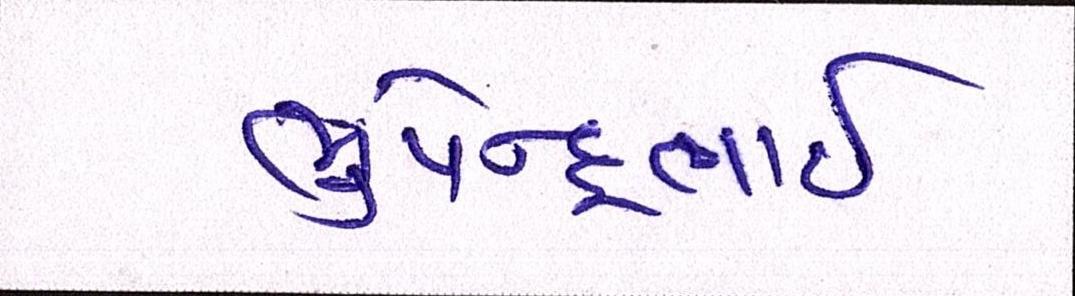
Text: ભુપેન્દ્રભાઇ